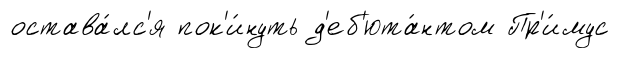
остава́лс'я пок'и́нуть д'еб'юта́нтом Пр'и́мус